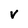
Character: V